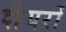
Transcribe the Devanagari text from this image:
शैयरों